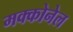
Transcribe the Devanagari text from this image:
मक्कोनेल